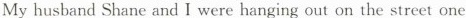
My husband Shane and I were hanging out on the street one